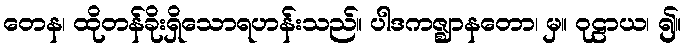
တေန၊ ထိုတန်ခိုးရှိသောရဟန်းသည်။ ပါဒကဇ္ဈာနတော၊ မှ။ ဝုဠာယ၊ ၍။